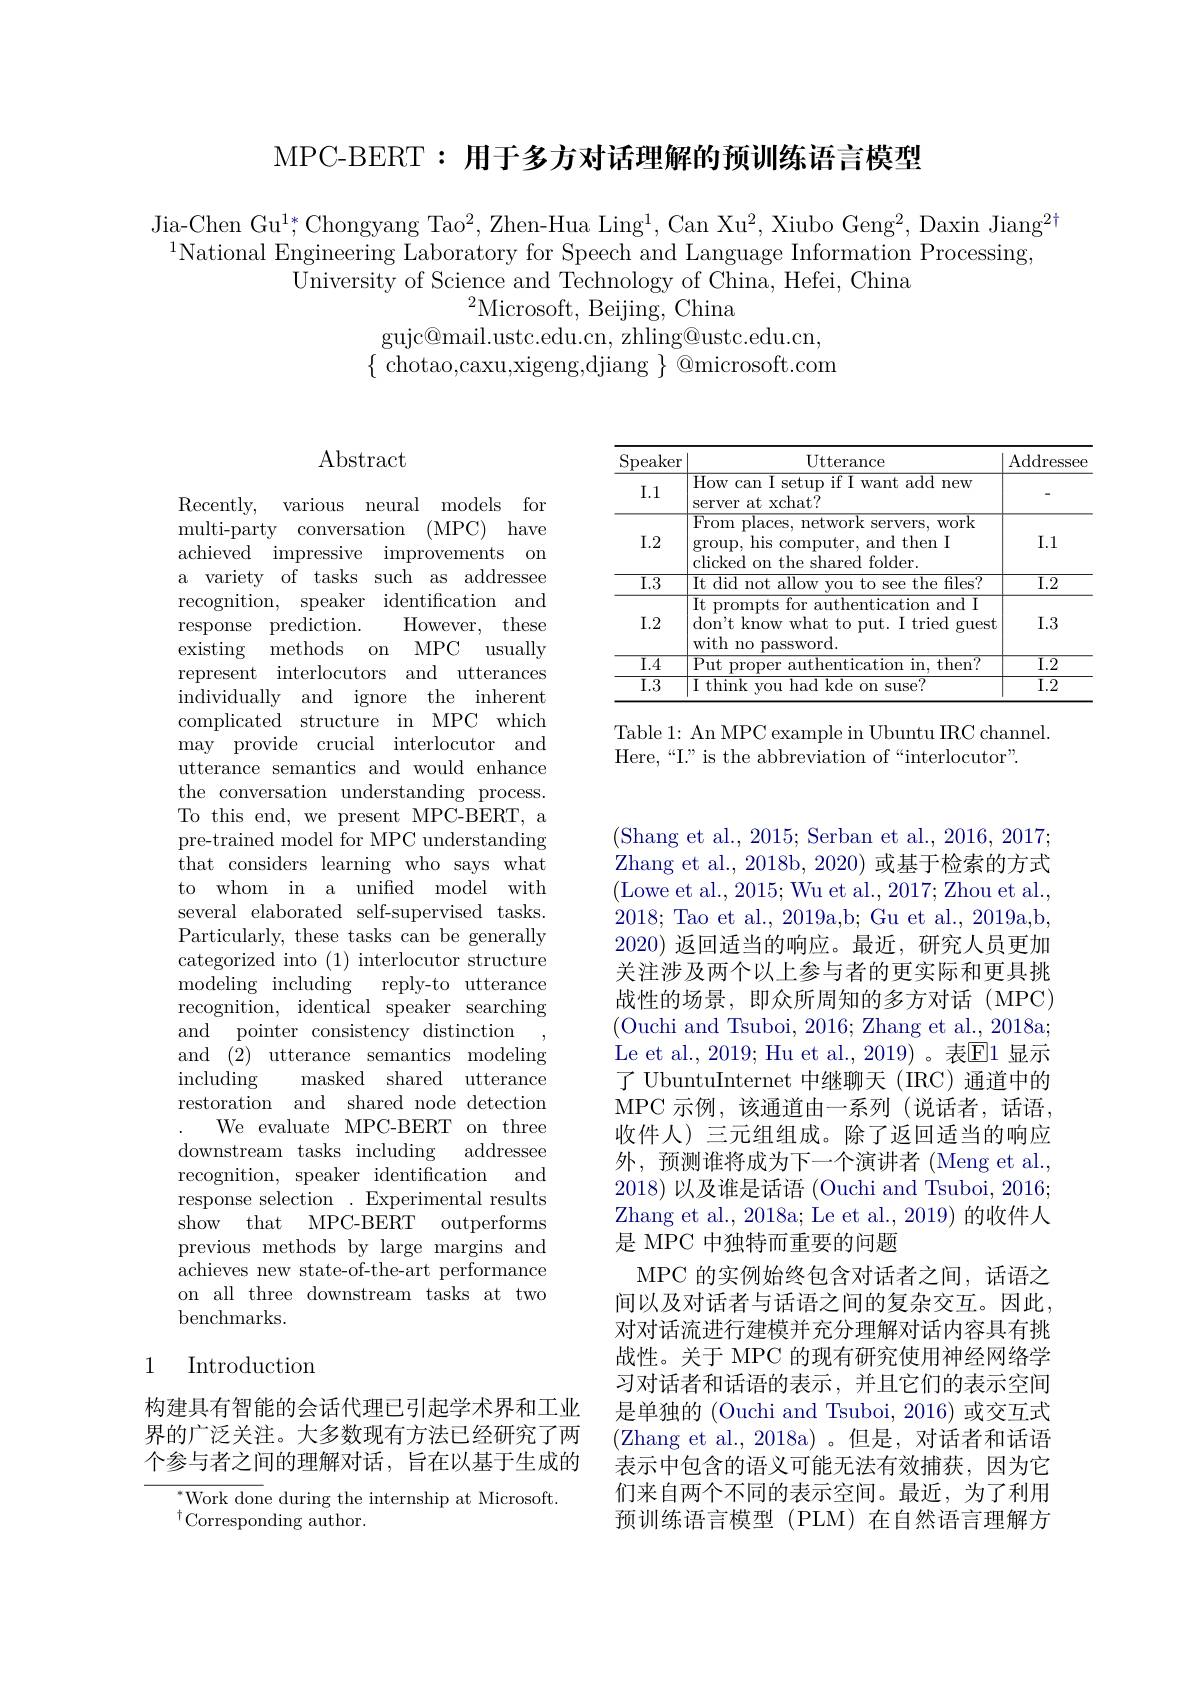
MPC-BERT: 用于多方对话理解的预训练语言模型

Jia-Chen Gu$^1*$,Chongyang Tao$^2$,Zhen-Hua Ling$^1$,Can Xu$^2$,Xiubo Geng$^2$,Daxin Jiang$^2^{\dagger}$
$^{1}$National Engineering Laboratory for Speech and Language Information Processing,
University of Science and Technology of China, Hefei, China
$^{2}$Microsoft, Beijing, China
gujc@ mail. ustc. edu. cn, zhling@ ustc. edu. cn, $\{$ chotao,caxu,xigeng,djiang $\}$ @microsoft.com

## Abstract

Recently, various neural models for multi-party conversation (MPC) have achieved impressive improvements on a variety of tasks such as addressee recognition, speaker identification and
However, these
response prediction.
existing methods on MPC usually represent interlocutors and utterances individually and ignore the inherent complicated structure in MPC which may provide crucial interlocutor and utterance semantics and would enhance the conversation understanding process. To this end, we present MPC-BERT, a pre-trained model for MPC understanding that considers learning who says what to whom in a unified model with several elaborated self-supervised tasks. Particularly, these tasks can be generally categorized into (1) interlocutor structure modeling including reply-to utterance recognition, identical speaker searching and pointer consistency distinction
and (2) utterance semantics$\mod$ling
including
masked shared utterance
restoration and shared node detection
We evaluate MPC-BERT on three
addressee
downstream tasks including
recognition, speaker identification and response selection . Experimental results show that MPC-BERT outperforms previous methods by large margins and achieves new state-of-the-art performance on all three downstream tasks at two benchmarks.

## 1 Introduction

构建具有智能的会话代理已引起学术界和工业界的广泛关注。大多数现有方法已经研究了两个参与者之间的理解对话，旨在以基于生成的

Work done during the internship at Microsoft.
$^{\dagger}$Corresponding author.

<table>
	<tbody>
		<tr>
			<th>Speaker</th>
			<th>$\operatorname{Utterance}$</th>
			<th>Addressee</th>
		</tr>
		<tr>
			<td>I. 1</td>
			<td>How can I setup if I want add new server at xchat?</td>
			<td> </td>
		</tr>
		<tr>
			<td>I. 2</td>
			<td>From places, network servers, work group, his computer, and then I $\mathrm{clicked~}_{\mathrm{o}}$ on the ch ared folder</td>
			<td>I. 1</td>
		</tr>
		<tr>
			<td>$\overline{{\mathrm{I.3}}}$</td>
			<td>It did not allow vou to see the files?</td>
			<td>I. 2</td>
		</tr>
		<tr>
			<td>I. 2</td>
			<td>It prompts for authentication and I don't know what to put. I tried gues with no password.</td>
			<td>I. 3</td>
		</tr>
		<tr>
			<td>I. 4</td>
			<td>$\overline{{\mathrm{Put~proper}}}$ $\mathop{\text{authentication in. then?}}$ $a_1$</td>
			<td>${\mathrm{I.2}}$</td>
		</tr>
		<tr>
			<td>$\overline{{\mathrm{I.3}}}$</td>
			<td>$\overline{\text{I think vou had kde on suse?}}$</td>
			<td>$\overline{{\mathrm{I.2}}}$</td>
		</tr>
	</tbody>
</table>

Table 1: An MPC example in Ubuntu IRC channel.
Here,“I” is the abbreviation of“interlocutor”.

(Shang et al., 2015; Serban et al., 2016, 2017; Zhang et al., 2018b, 2020) 或基于检索的方式(Lowe et al., 2015; Wu et al., 2017; Zhou et al., 2018; Tao et al., 2019a,b; Gu et al., 2019a,b, 2020) 返回适当的响应。最近，研究人员更加关注涉及两个以上参与者的更实际和更具挑战性的场景，即众所周知的多方对话(MPC) (Ouchi and Tsuboi, 2016; Zhang et al., 2018a; Le et al., 2019; Hu et al., 2019)。表$\overline{\mathrm{E}}$1 显示了 UbuntuInternet 中继聊天 (IRC)通道中的MPC 示例，该通道由一系列(说话者，话语， 收件人) 三元组组成。除了返回适当的响应外，预测谁将成为下一个演讲者 (Meng et al., 2018)以及谁是话语 (Ouchi and Tsuboi, 2016; Zhang et al., 2018a; Le et al., 2019) 的收件人是 MPC 中独特而重要的问题
MPC 的实例始终包含对话者之间，话语之间以及对话者与话语之间的复杂交互。因此， 对对话流进行建模并充分理解对话内容具有挑战性。关于 MPC 的现有研究使用神经网络学习对话者和话语的表示，并且它们的表示空间是单独的 (Ouchi and Tsuboi, 2016) 或交互式(Zhang et al.,2018a)。但是，对话者和话语表示中包含的语义可能无法有效捕获，因为它们来自两个不同的表示空间。最近，为了利用预训练语言模型(PLM)在自然语言理解方